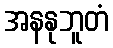
အနနုဘူတံ